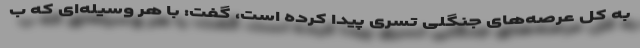
به کل عرصه‌های جنگلی تسری پیدا کرده است، گفت: با هر وسیله‌ای که ب